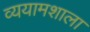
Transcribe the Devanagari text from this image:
व्ययामशाला